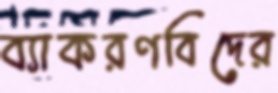
ব্যাকরণবিদের